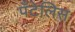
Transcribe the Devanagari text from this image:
पँटेलिस